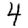
Digit: 4